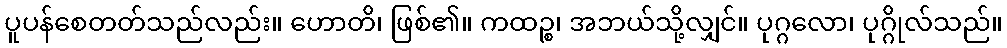
ပူပန်စေတတ်သည်လည်း။ ဟောတိ၊ ဖြစ်၏။ ကထဉ္စ၊ အဘယ်သို့လျှင်။ ပုဂ္ဂလော၊ ပုဂ္ဂိုလ်သည်။